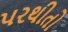
પરથીતો